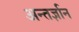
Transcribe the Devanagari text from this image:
अन्तर्ज्ञान